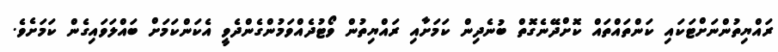
ރައްޔިތުންނަށްޓަކައި ކަންތައްތައް ކޮށްދޭނެގޮތް ބުނެދިން ކަމަށާއި ރައްޔިތުން ވޯޓުދެއްވަމުންގެންދެވީ އެކަންކަމަށް ބައްލަވައިގެން ކަމަށެވެ.